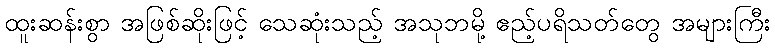
ထူးဆန်းစွာ အဖြစ်ဆိုးဖြင့် သေဆုံးသည့် အသုဘမို့ ဧည့်ပရိသတ်တွေ အများကြီး